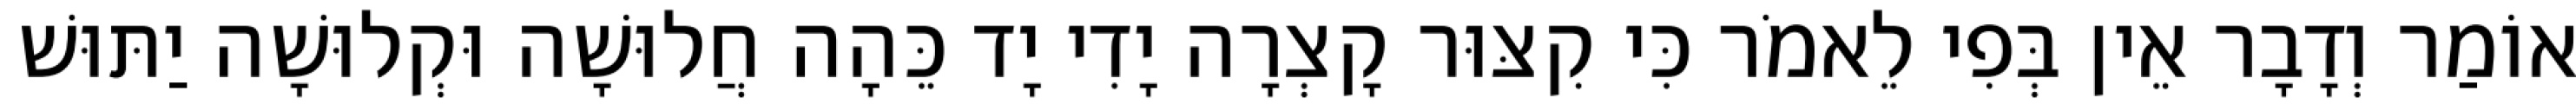
אוֹמַר וְדָבָר אֵין בְּפִי לֵאמֹר כִּי קִצּוּר קָצְרָה יָדִי יָד כֵּהָה חֲלוּשָׁה וּקְלוּשָׁה יַתּוּשׁ